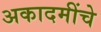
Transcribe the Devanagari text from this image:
अकादमींचे